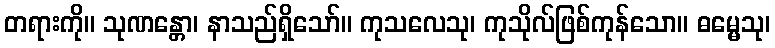
တရားကို။ သုဏန္တော၊ နာသည်ရှိသော်။ ကုသလေသု၊ ကုသိုလ်ဖြစ်ကုန်သော။ ဓမ္မေသု၊